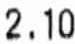
2.10